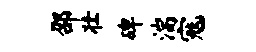
邵壮碑湍寇